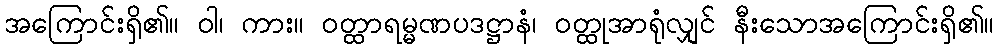
အကြောင်းရှိ၏။ ဝါ၊ ကား။ ဝတ္ထာရမ္မဏပဒဋ္ဌာနံ၊ ဝတ္ထုအာရုံလျှင် နီးသောအကြောင်းရှိ၏။